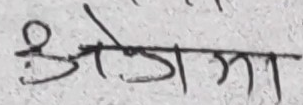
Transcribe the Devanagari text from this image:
ऐजो गम